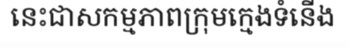
នេះជាសកម្មភាពក្រុមក្មេងទំនើង